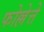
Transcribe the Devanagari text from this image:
फोल्लेत्ते